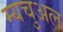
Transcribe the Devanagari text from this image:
म्यचुअल